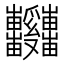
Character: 𱱆